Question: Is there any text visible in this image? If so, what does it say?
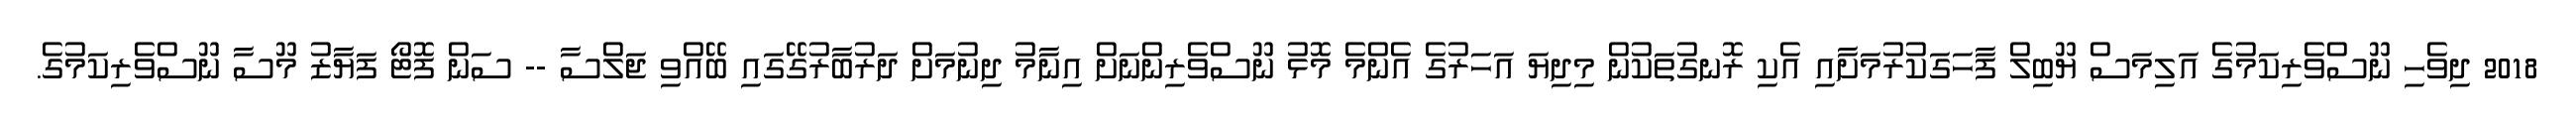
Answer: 2018 ދިވެހި ނޫސްވެރިކަމުގެ އަލިމަސް ޔޫބިލް ފާހަގަކުރުމަށާއި އެކި ރޮނގުތަކުން މިދިޔަ އަހަރުގެ އެންމެ މޮޅު ނޫސްވެރިންނަށް އިނާމު ދިނުމަށް ދަރުބާރުގޭގައި ބޭއްވި ޖަލްސާ -- ސަން ފޮޓޯ ފަޔާޒު މޫސާ ނޫސްވެރިކަމުގެ.